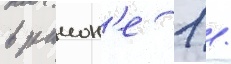
в раион'е 1 /